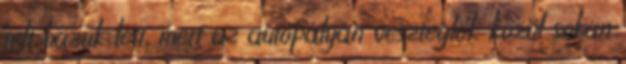
telt házuk lett, mert az autópályán veszteglők közül sokan